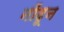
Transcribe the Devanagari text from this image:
नोंदून